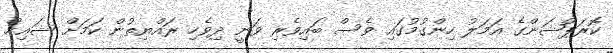
ކޮރަޕްޝަންގެ އަމަލު ހިންގުމުގައި ވެސް ބައިވެރި ވަނީ ދިވެހި ރައްޔިތުން ކަމަށް ޝައިޚް